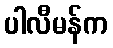
ပါလီမန်က